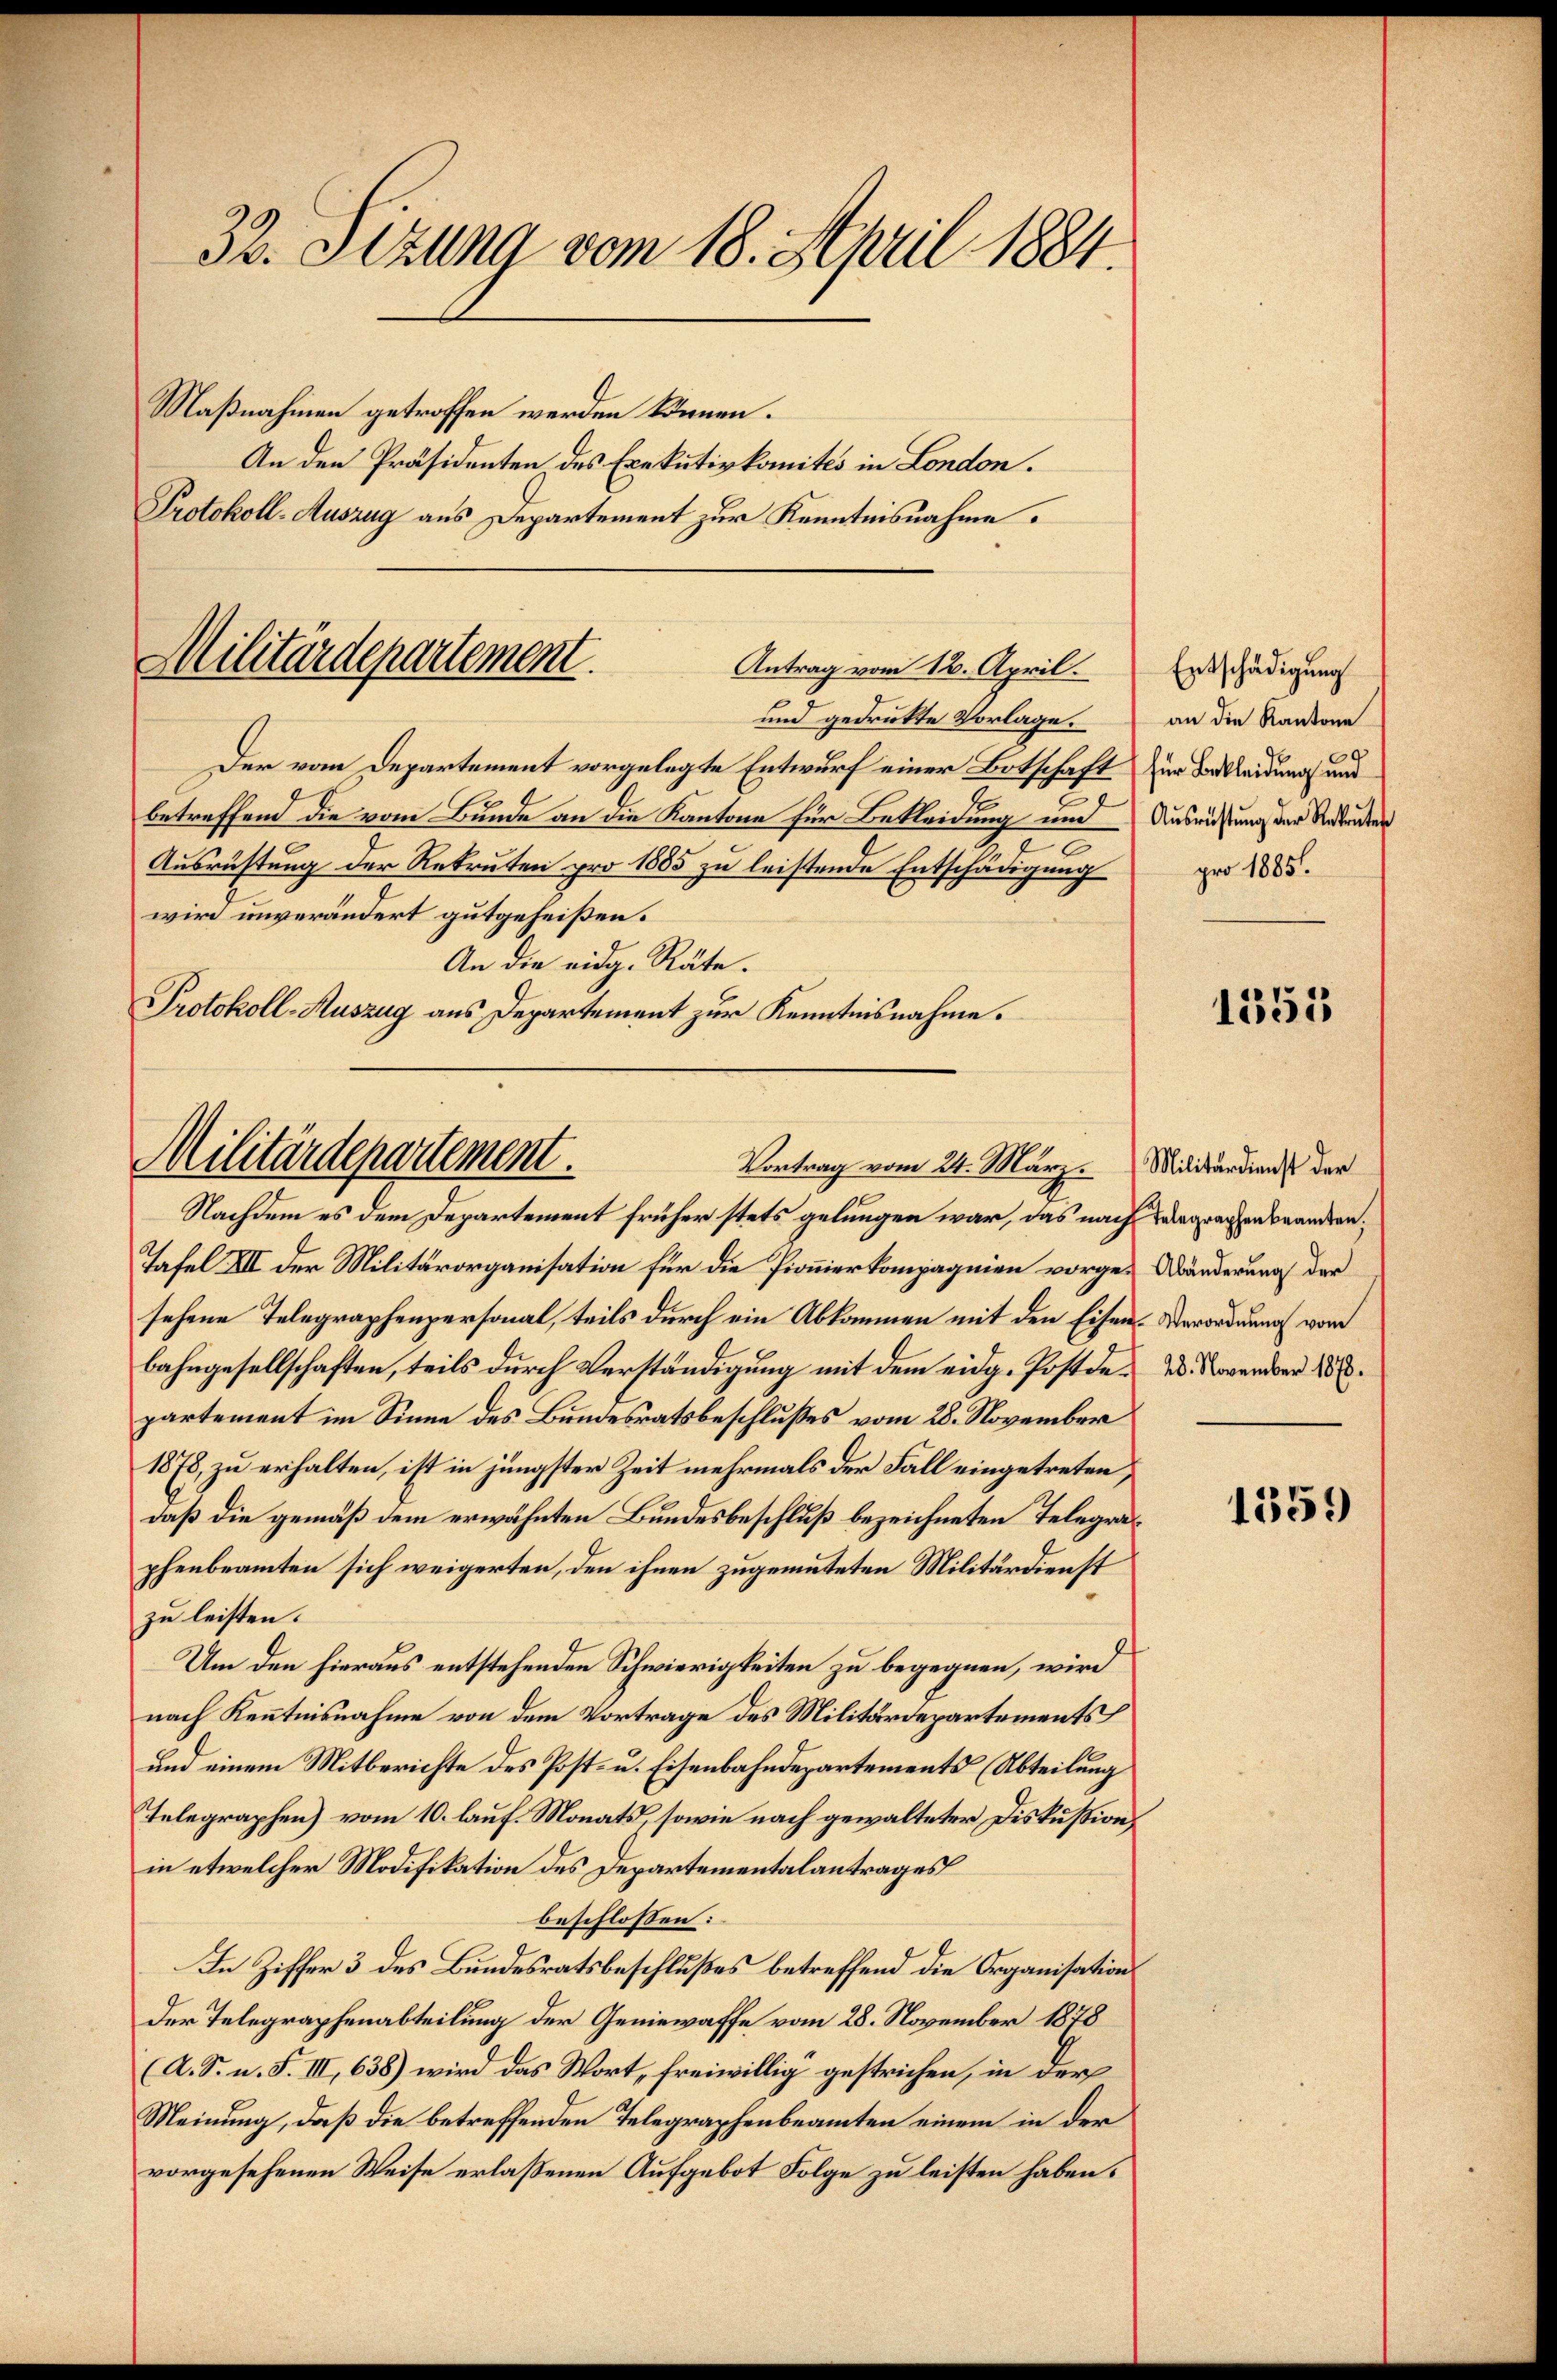
32. Stzung vom 18. April 1884.

Maßnahmen getroffen werden können.
An den Präsidenten des Exekutivkomités in London.
Protokoll-Auszug aus Departement zur Kenntnisnahme.

Militärdepartement.
Antrag vom 12. April.
und gedrukte Vorlage.

Der vom Departement vorgelegte Entwurf einer Botschaft
2
betreffend die vom Bunde an die Kantone für Bekleidung und
Ausrüstung der Rekruten pro 1885 zu leistende Entschädigung
wird unverändert gutgeheißen.
An die eidg. Räte.
Protokoll-Auszug aus Departement zur Kenntnisnahme.

Militärdepartement.
Vortrag vom 24. März. Militärdienst der

Entschädigung
an die Kantone
für Bekleidung und
Ausrüstung der Rekruten
pro 1885.

Nachdem es dem Departement früher stets gelungen war, das nach Badegraphenbrandten¬
Tafel XII der Militärorganisation für die Pionierkompagnien vorge-Abänderung der
sehene Telegraphenpersonal, teils durch ein Abkommen mit den Eisen- Verordnung vom
bahngesellschaften, teils durch Verständigung mit dem eidg. Postde 2. November 1858.
partement im Sinne des Bundesratsbeschlußes vom 28. November
1878, zu erhalten, ist in jüngster Zeit mehrmals der Fall eingetreten,
daß die gemäß dem erwähnten Bundesbeschluß bezeichneten Telegraphenbeamten sich weigerten, den ihnen zugemuteten Militärdienst
zu leisten.
t
Um den hieraus entstehenden Schwierigkeiten zu begegnen, wird
nach Kenntnisnahme von dem Vortrage des Militärdepartements
und einem Mitberichte des Post- u. Eisenbahndepartements (Abteilung
Telegraphen) vom 10. lauf. Monats, sowie nach gewalteter Diskussion,
in etwelcher Modifikation des Departementalantrages
beschlossen:
In Ziffer 3 des Bundesratsbeschlußes betreffend die Organisations
Der Telegraphenabteilung der Geniewaffe vom 28. November 1878
(A. S. n. F. III, 638) wird das Wort, freiwillig gestrichen, in der
Meinung, daß die betreffenden Telegraphenbeamten einem in der
vorgesehenen Weise erlaßenen Aufgebot Folge zu leisten haben.

1555

1559